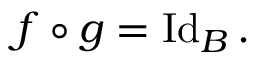
f \circ g = \operatorname { I d } _ { B } .